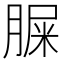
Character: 䐖